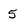
Character: 5